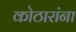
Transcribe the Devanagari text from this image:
कोठारांना